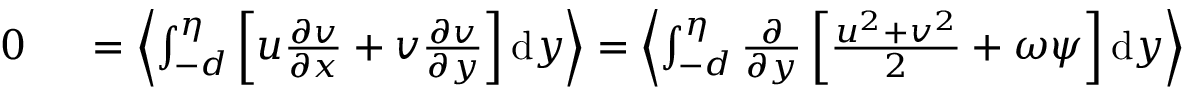
\begin{array} { r l } { 0 \ } & { { } = \left< \int _ { - d } ^ { \eta } \left[ u \frac { \partial v } { \partial x } + v \frac { \partial v } { \partial y } \right] \mathrm { d } y \right> = \left< \int _ { - d } ^ { \eta } \frac { \partial } { \partial y } \left[ \frac { u ^ { 2 } + v ^ { 2 } } { 2 } + \omega \psi \right] \mathrm { d } y \right> } \end{array}